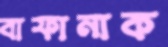
বাফানাক